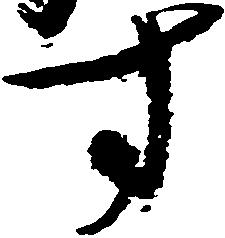
す